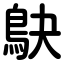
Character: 鴃